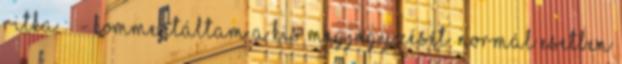
ritka : - kommentáltam a kis megjegyzését. Normál esetben